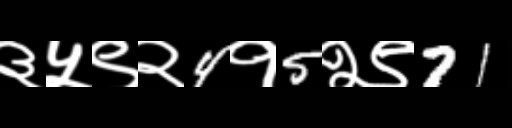
Text: ३५९२4१5२९71